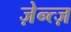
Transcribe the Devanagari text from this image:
ज़ेन्त्ज़